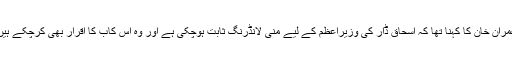
عمران خان کا کہنا تھا کہ اسحاق ڈار کی وزیراعظم کے لیے منی لانڈرنگ ثابت ہوچکی ہے اور وہ اس کاب کا اقرار بھی کرچکے ہیں۔